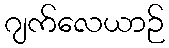
ဂျက်လေယာဉ်